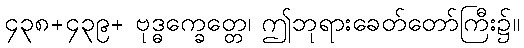
၄၃၈+၄၃၉+ ဗုဒ္ဓက္ခေတ္တေ၊ ဤဘုရားခေတ်တော်ကြီး၌။